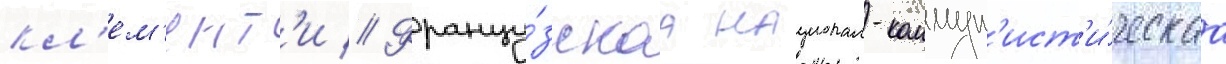
кл'ем'ент'и // Францу́зскаа национал-коммун'ист'и́ческаа